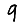
Digit: 9